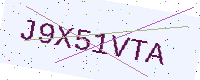
Text: J9X51VTA